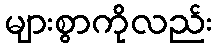
များစွာကိုလည်း